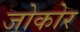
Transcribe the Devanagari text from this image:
जोकोर